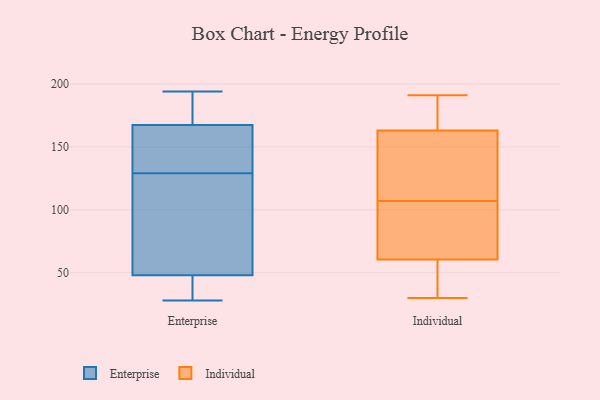
{"axis": {"x": "Active Users", "y": "Value"}, "legend": ["Enterprise", "Individual"], "data": [{"x": "", "y": 132, "type": "Enterprise"}, {"x": "", "y": 194, "type": "Enterprise"}, {"x": "", "y": 105, "type": "Enterprise"}, {"x": "", "y": 45, "type": "Enterprise"}, {"x": "", "y": 129, "type": "Enterprise"}, {"x": "", "y": 105, "type": "Enterprise"}, {"x": "", "y": 192, "type": "Enterprise"}, {"x": "", "y": 45, "type": "Enterprise"}, {"x": "", "y": 28, "type": "Enterprise"}, {"x": "", "y": 129, "type": "Enterprise"}, {"x": "", "y": 184, "type": "Enterprise"}, {"x": "", "y": 49, "type": "Enterprise"}, {"x": "", "y": 162, "type": "Enterprise"}, {"x": "", "y": 82, "type": "Individual"}, {"x": "", "y": 164, "type": "Individual"}, {"x": "", "y": 45, "type": "Individual"}, {"x": "", "y": 53, "type": "Individual"}, {"x": "", "y": 49, "type": "Individual"}, {"x": "", "y": 191, "type": "Individual"}, {"x": "", "y": 68, "type": "Individual"}, {"x": "", "y": 30, "type": "Individual"}, {"x": "", "y": 104, "type": "Individual"}, {"x": "", "y": 110, "type": "Individual"}, {"x": "", "y": 159, "type": "Individual"}, {"x": "", "y": 88, "type": "Individual"}, {"x": "", "y": 162, "type": "Individual"}, {"x": "", "y": 179, "type": "Individual"}, {"x": "", "y": 127, "type": "Individual"}, {"x": "", "y": 98, "type": "Individual"}, {"x": "", "y": 186, "type": "Individual"}, {"x": "", "y": 190, "type": "Individual"}, {"x": "", "y": 30, "type": "Individual"}, {"x": "", "y": 123, "type": "Individual"}]}